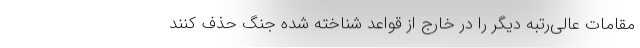
مقامات عالی‌رتبه دیگر را در خارج از قواعد شناخته شده جنگ حذف کنند